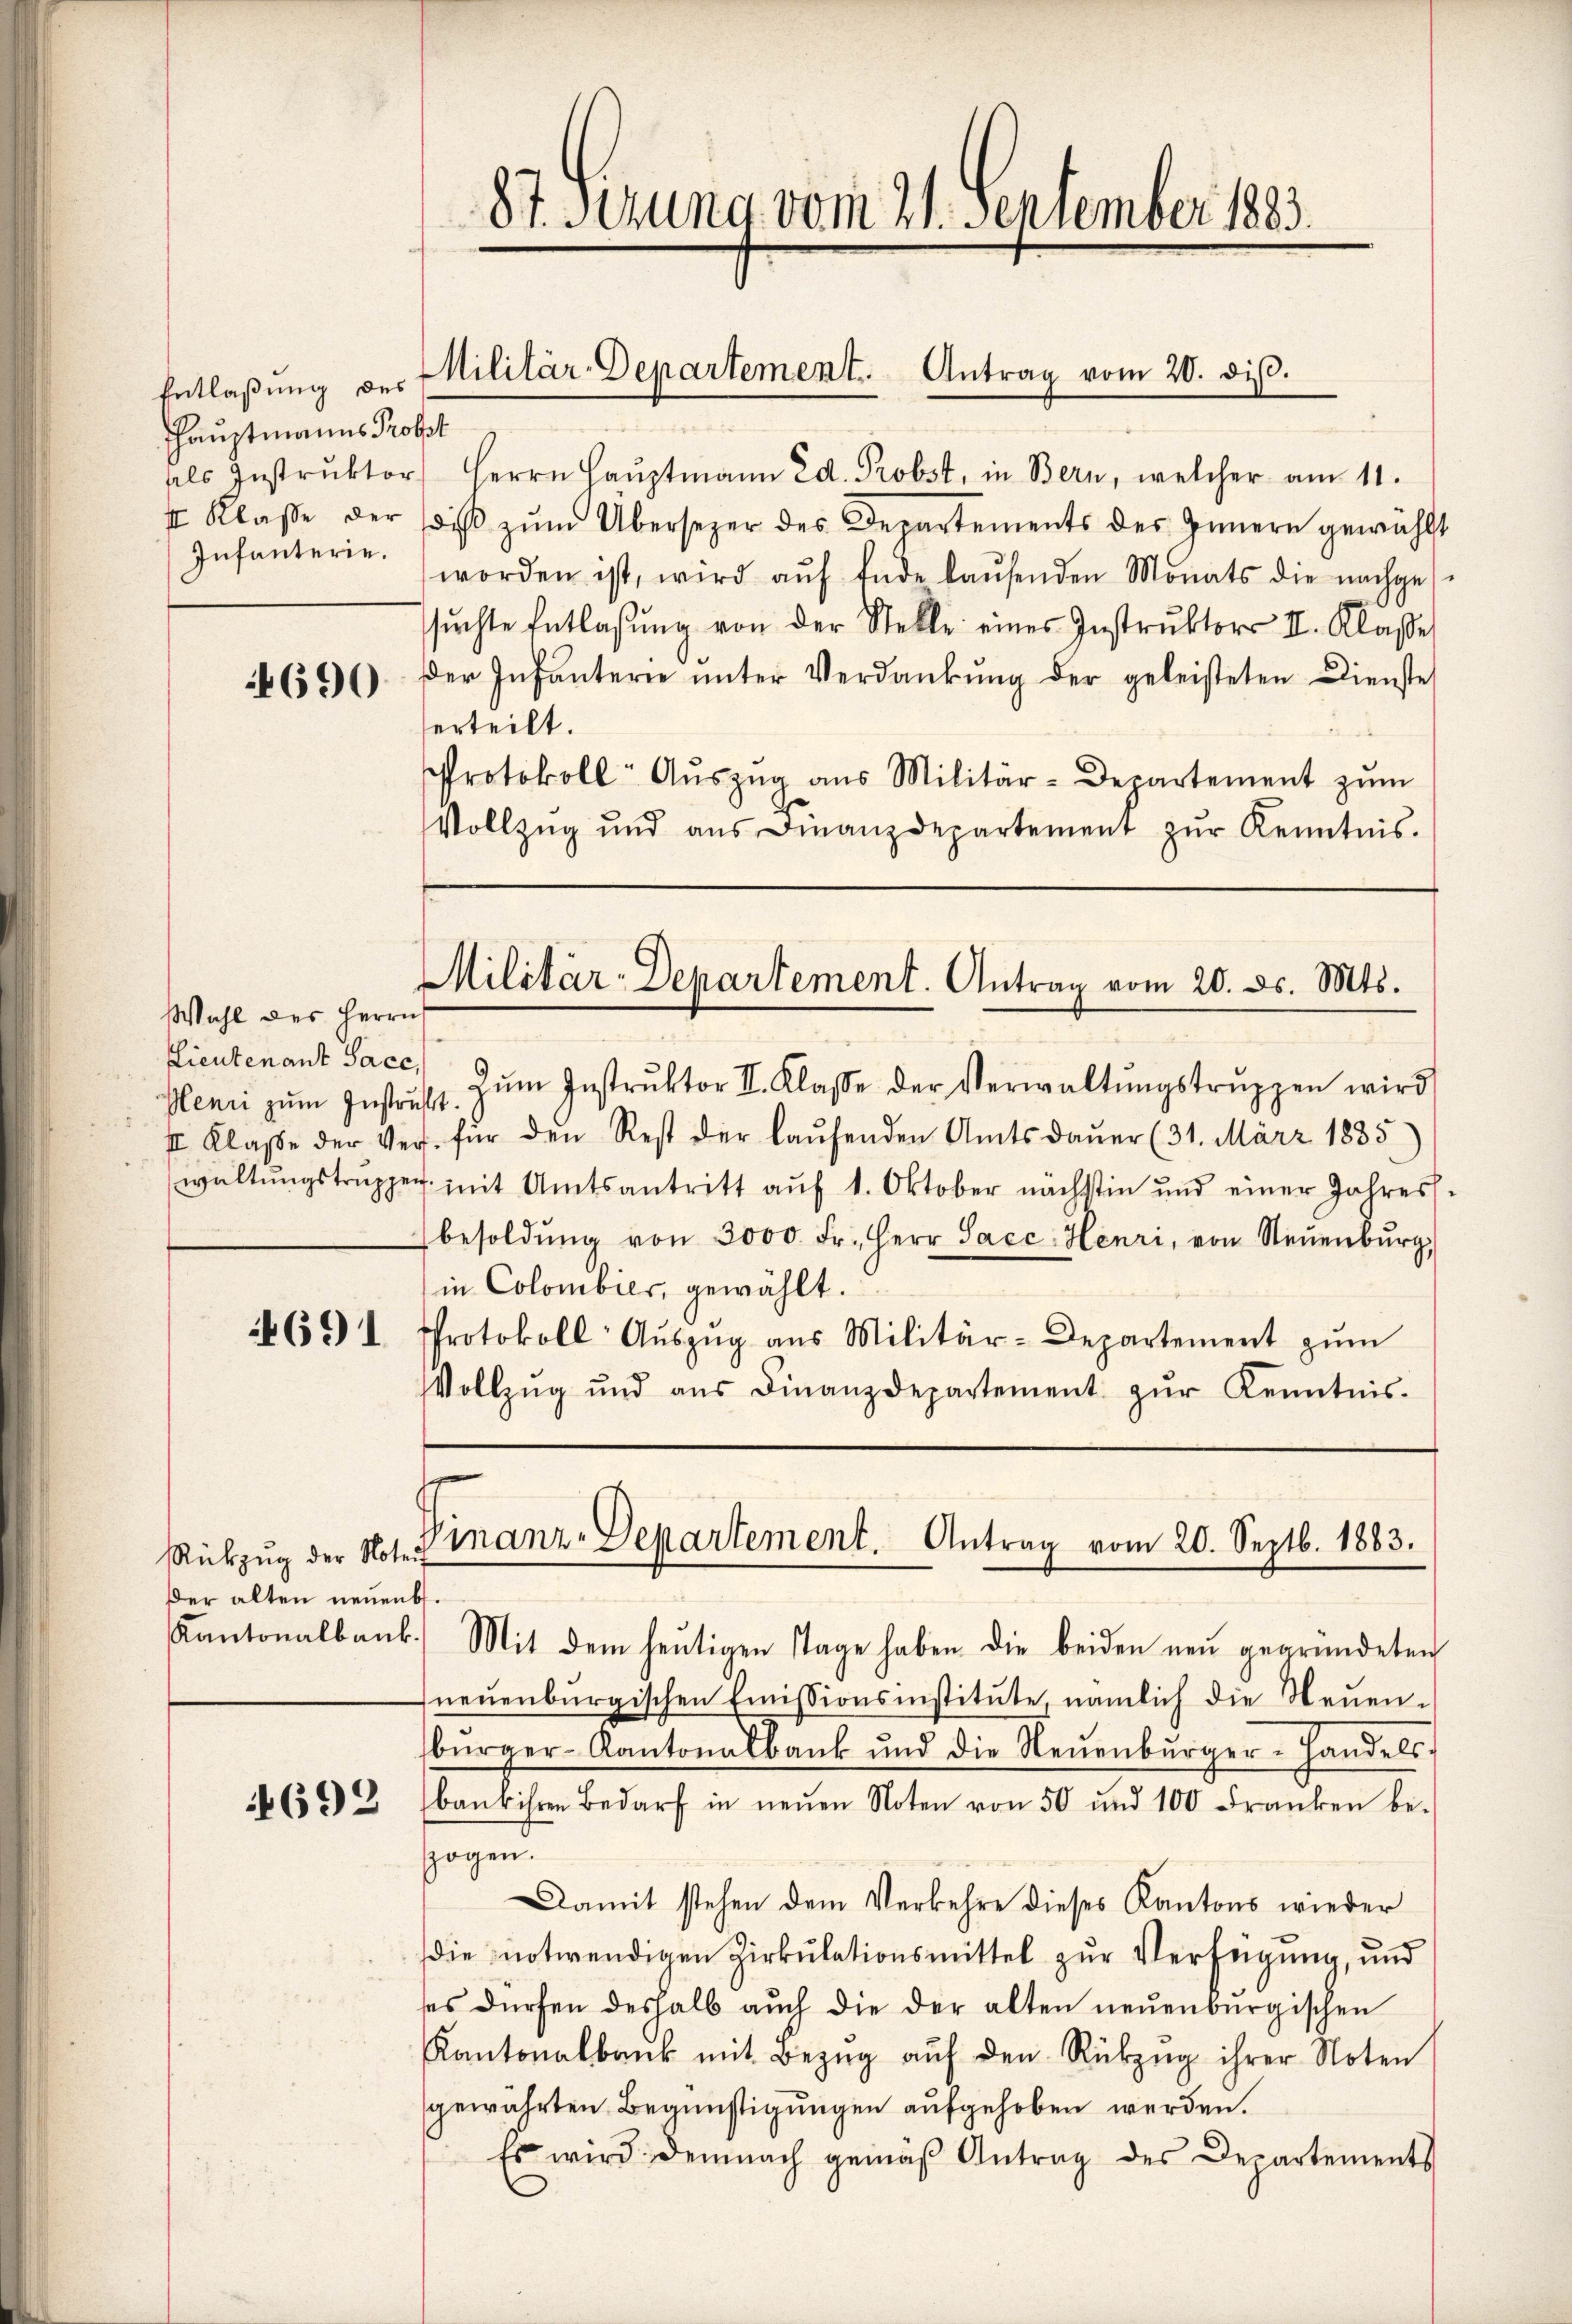
Entlaßung des
Hauptmanns Probet
Infanterie.

4690

Wahl des Herrn
Lieutenant Sacc

691

Rükzŭg der Noterf
Der alten neuenb

4692

87 Fezung vom 21. September 1883.

Militär-Departement. Antrag vom 20. diβ.

als Instrŭktor Herrn Haŭptmann Ed. Probst, in Bern, welcher am 11.
I Klasse der diβ zŭm Übersezer des Departements des Innern gewählt
worden ist, wird aŭf Ende laŭfenden Monats die nachges
sŭchte Entlassŭng von der Stelle eines Instrŭktors II. Klasse
Der Infanterie ŭnter Verdankŭng der geleisteten Dienste
erteilt.
Protokoll- Aŭszŭg aŭs Militär-Departement zŭm
Vollzŭg und aŭs Finanzdepartement zŭr Kenntnis.

Militär-Departement. Antrag vom 20. ds. Mts.

Finanz-Departement. Antrag vom 20. Septb. 1883.

Henri zŭm Instruss. Zŭm Instrŭktor II. Klasse der Verwaltŭngstrŭppen wird
II. Klasse der Vers. für den Rest der laŭfenden Amtsdaŭer (31. März 1885)
waltŭngstrüpper mit Amtsantritt aŭf 1. Oktober nächstin und einer Jahres-
besoldŭng von 3000 Fr. Herr Sacc- Henri, von Neŭenbŭrg,
in Colombier, gewählt.
Protokoll Aŭszŭg aŭs Militär-Departement zŭm
Vollzŭg und aŭs Finanzdepartement zŭr Kenntnis-

Kantonalbank. Mit dem heŭtigen Tage haben die beiden neu gegründeten
neuenburgischen Emissionsinstitute, nämlich die Neuenbŭrger-Kantonalbank und die Neŭenbŭrger-Handels-
baŭb ihren Bedarf in neŭen Noten von 50 und 100 Franken be-
zogen.
Damit stehen dem Verkehre dieses Kantons wieder
die notwendigen Zirkulationsmittel zur Verfügung, und
ses dürfen deshalb auch die der alten neuenburgischen
Kantonalbank mit Bezŭg aŭf den Rükzŭg ihrer Noten
gewährten Begünstigungen aufgehoben werden.
Es wird demnach gemäβ Antrag des Departements